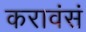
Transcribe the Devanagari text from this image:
करावंसं